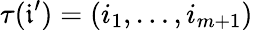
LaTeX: \tau(\mathfrak{i}^{\prime})=(i_{1},\dots,i_{m+1})